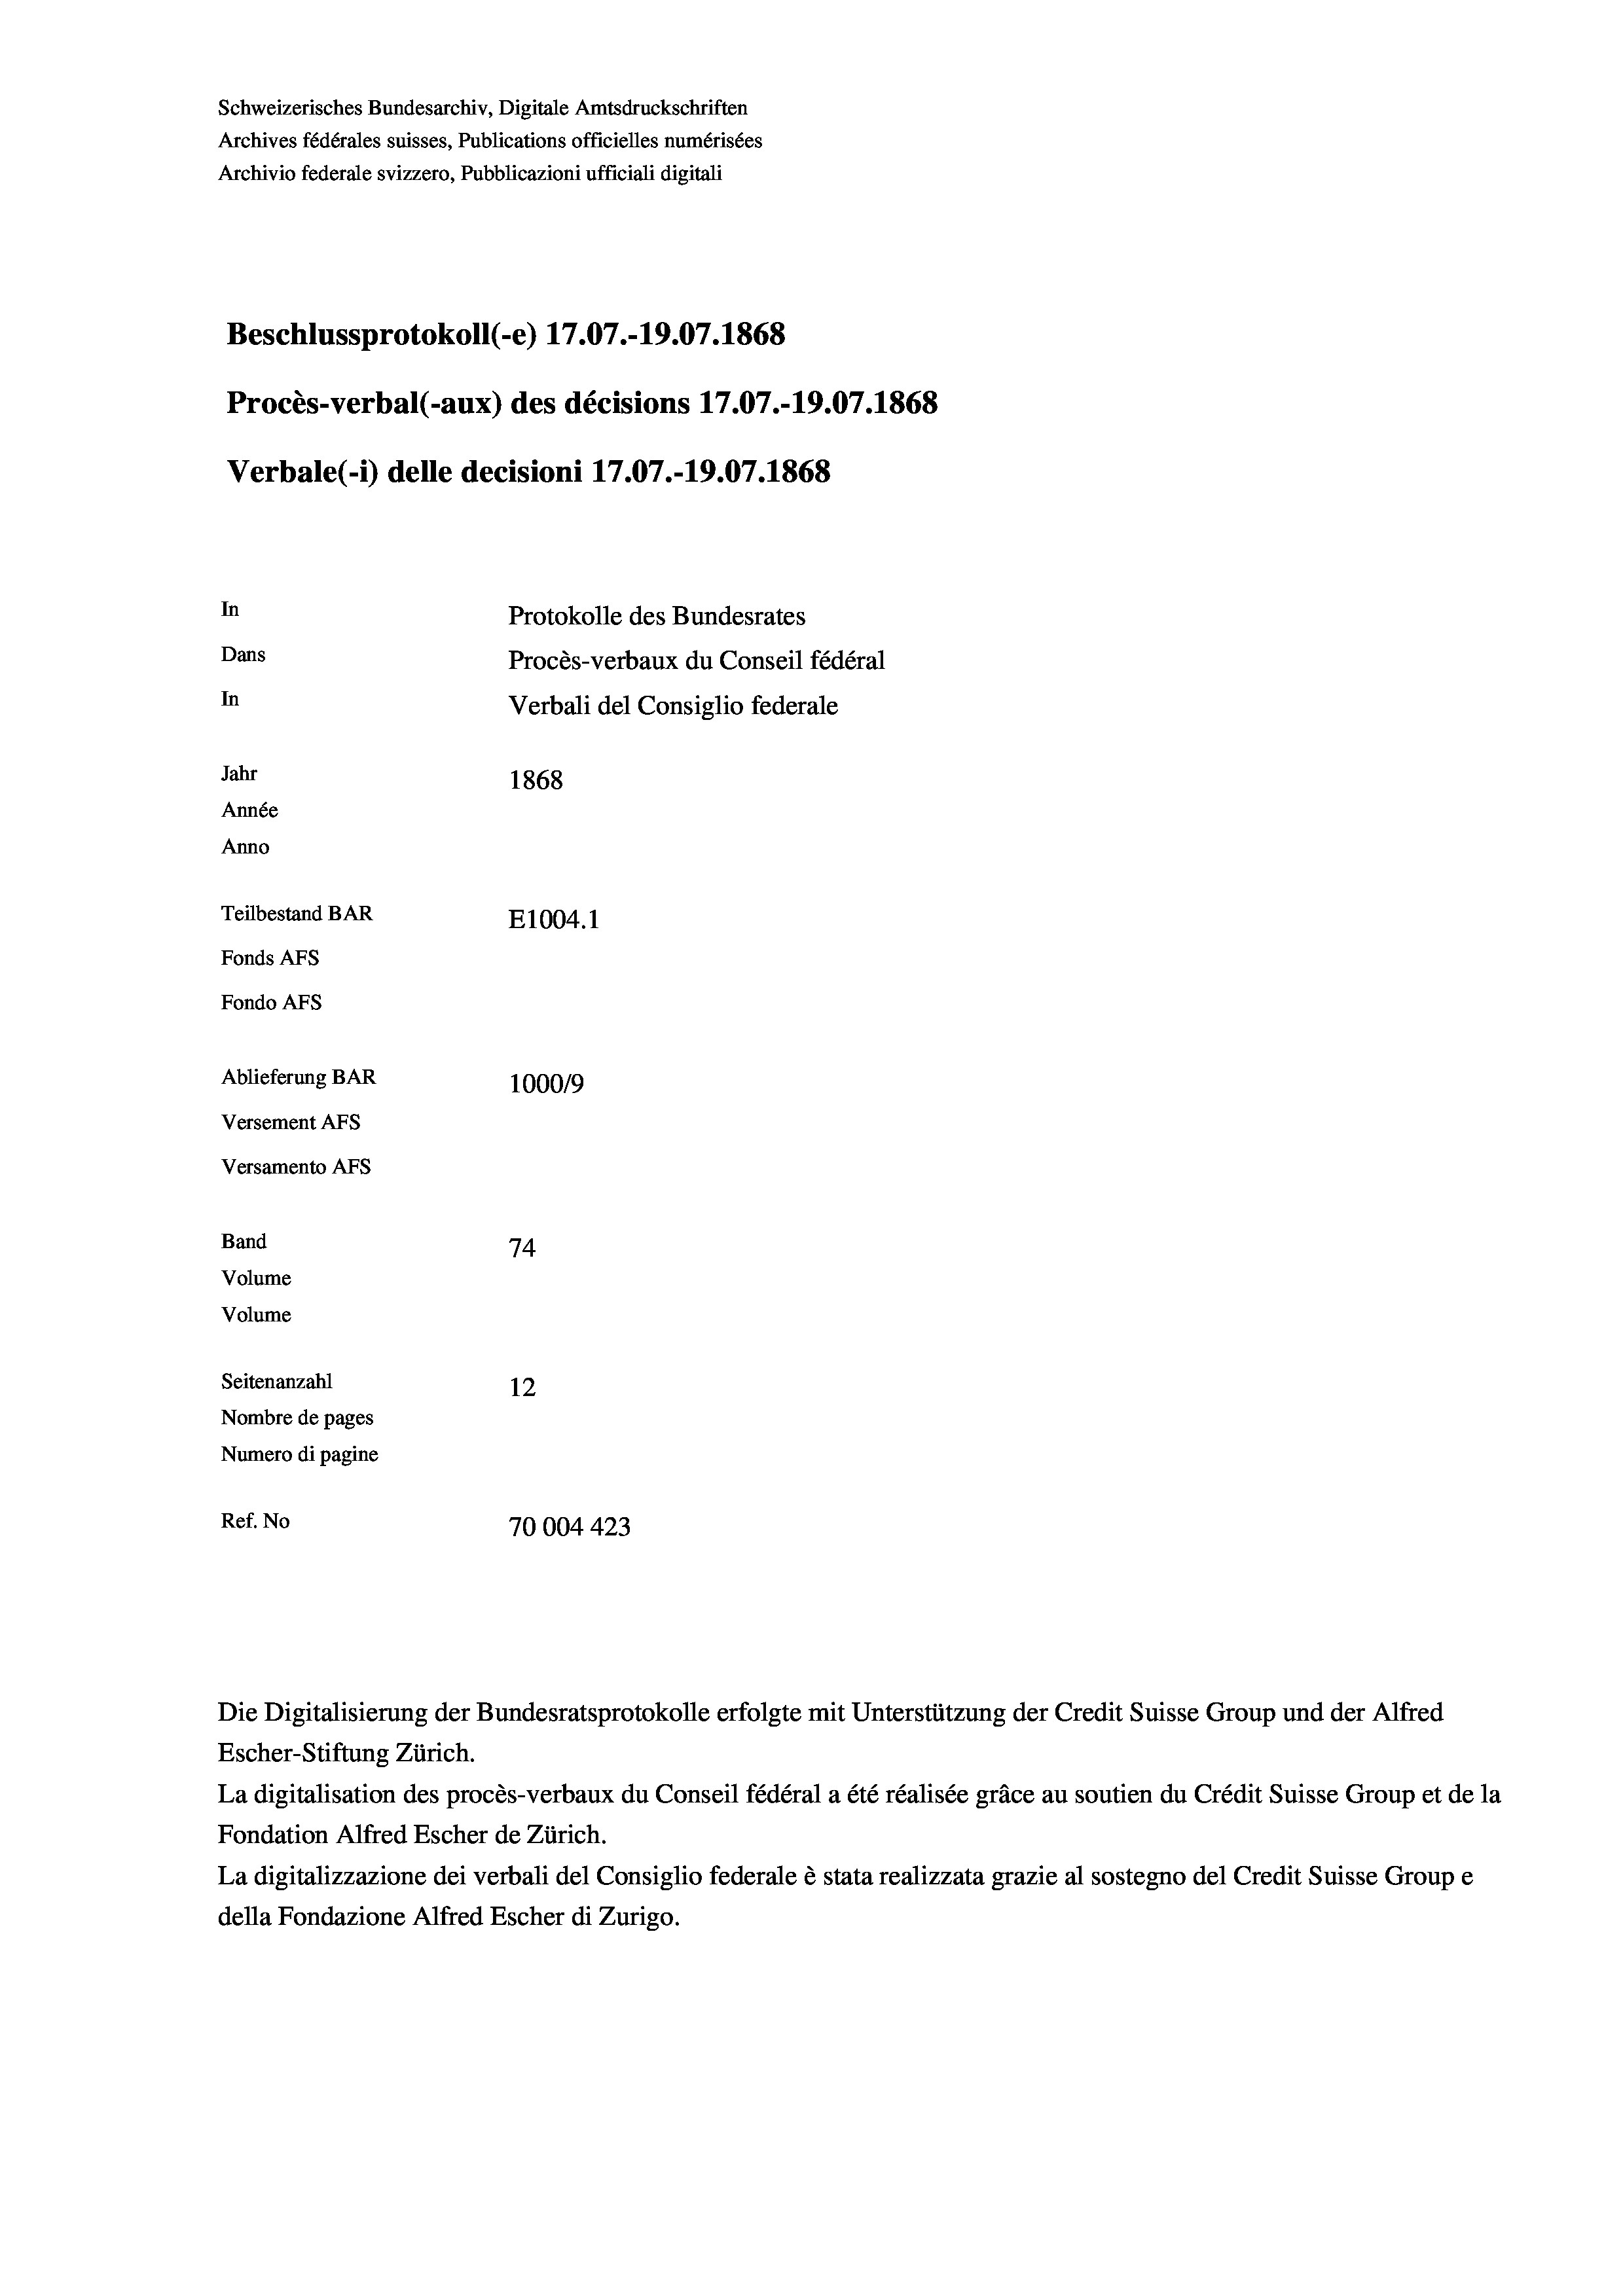
Schweizerisches Bundesarchiv, Digitale Amtsdruckschriften
Archives fédérales suisses, Publications officielles numérisées
Archivio federale svizzero, Pubblicazioni ufficiali digitali
Beschlussprotokoll (e) 17.07.-19.07. 1868
Procès-verbal (-aux) des décisions 17.07.-19.07. 1868
Verbale(1) delle decisioni 17.07.-19.07. 1868
In
Protokolle des Bundesrates
Dans
Procès-verbaux du Conseil fédéral
In
Verbali del Consiglio federale
Jahr
1868
Année
Anno
Teilbestand BAR
E1004. 1
Fonds AFs
Fondo AFS
Ablieferung BAR
100019
Versement AFs
Versamento Afs
Band
74
Volume
Volume

Seitenanzahl
12
Nombre de pages
Numero di pagine
Ref. No
70004 423

Die Digitalisierung der Bundesratsprotokolle erfolgte mit Unterstützung der Credit Suisse Group und der Alfred
Escher-Stiftung Zürich.
La digitalisation des procès-verbaux du Conseil fédéral a été réalisée gräce au soutien du Crédit Suisse Group et de la
Fondation Alfred Escher de Zürich.
La digitalizzazione dei verbali del Consiglio federale è stata realizzata grazie al sostegno del Credit Suisse Groupe
della Fondazione Alfred Escher di Zurigo.